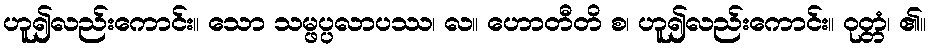
ဟူ၍လည်းကောင်း။ သော သမ္ဖပ္ပလာပဿ၊ လ။ ဟောတီတိ စ၊ ဟူ၍လည်းကောင်း။ ဝုတ္တံ၊ ၏။